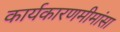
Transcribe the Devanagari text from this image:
कार्यकारणमीमांसा